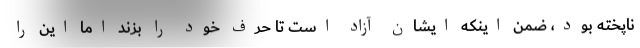
ناپخته بود، ضمن اینکه ایشان آزاد است تا حرف خود را بزند اما این را